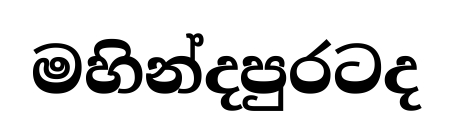
මහින්දපුරටද